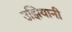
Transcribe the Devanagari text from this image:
उझियानी